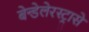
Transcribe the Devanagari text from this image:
बेन्डेलेरस्ट्रासे